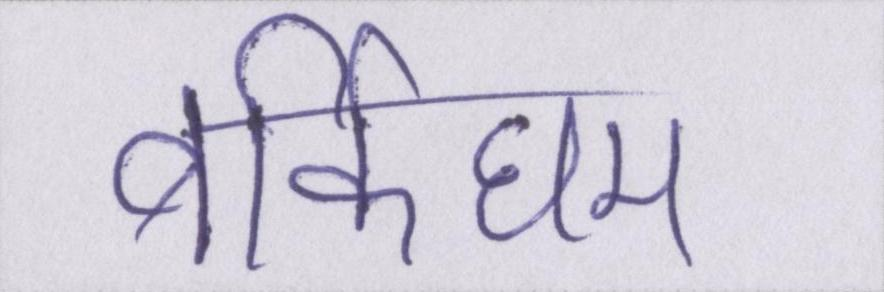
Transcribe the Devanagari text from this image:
बर्किघम